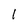
Character: 1